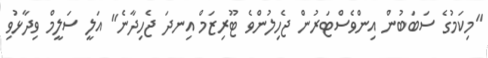
"މިކަމުގެ ސަބަބުން އިންވެސްޓަރުން ޖެހިލުންވެ ޓޫރިޒަމް އިނދަ ޖެހިދާނެ" އަލީ ސަލީމް ވިދާޅުވި